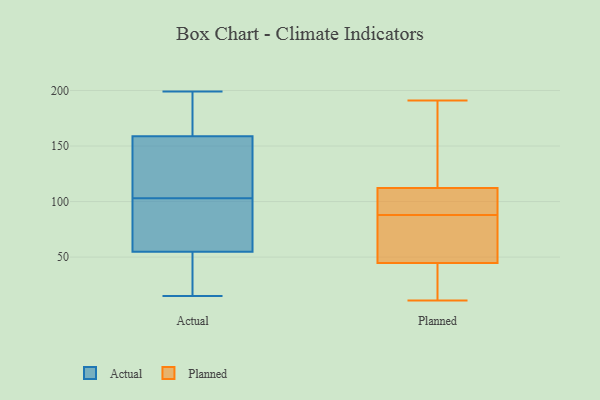
{"axis": {"x": "Revenue (USD Million)", "y": "Value"}, "legend": ["Actual", "Planned"], "data": [{"x": "", "y": 179, "type": "Actual"}, {"x": "", "y": 96, "type": "Actual"}, {"x": "", "y": 199, "type": "Actual"}, {"x": "", "y": 19, "type": "Actual"}, {"x": "", "y": 104, "type": "Actual"}, {"x": "", "y": 152, "type": "Actual"}, {"x": "", "y": 99, "type": "Actual"}, {"x": "", "y": 61, "type": "Actual"}, {"x": "", "y": 36, "type": "Actual"}, {"x": "", "y": 153, "type": "Actual"}, {"x": "", "y": 21, "type": "Actual"}, {"x": "", "y": 103, "type": "Actual"}, {"x": "", "y": 15, "type": "Actual"}, {"x": "", "y": 176, "type": "Actual"}, {"x": "", "y": 128, "type": "Actual"}, {"x": "", "y": 64, "type": "Actual"}, {"x": "", "y": 186, "type": "Actual"}, {"x": "", "y": 136, "type": "Planned"}, {"x": "", "y": 116, "type": "Planned"}, {"x": "", "y": 44, "type": "Planned"}, {"x": "", "y": 123, "type": "Planned"}, {"x": "", "y": 97, "type": "Planned"}, {"x": "", "y": 98, "type": "Planned"}, {"x": "", "y": 71, "type": "Planned"}, {"x": "", "y": 47, "type": "Planned"}, {"x": "", "y": 11, "type": "Planned"}, {"x": "", "y": 72, "type": "Planned"}, {"x": "", "y": 30, "type": "Planned"}, {"x": "", "y": 24, "type": "Planned"}, {"x": "", "y": 28, "type": "Planned"}, {"x": "", "y": 88, "type": "Planned"}, {"x": "", "y": 95, "type": "Planned"}, {"x": "", "y": 191, "type": "Planned"}, {"x": "", "y": 129, "type": "Planned"}, {"x": "", "y": 101, "type": "Planned"}, {"x": "", "y": 78, "type": "Planned"}]}